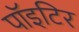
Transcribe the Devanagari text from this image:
पाॅइटिर